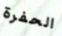
الحفرة